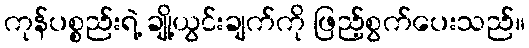
ကုန်ပစ္စည်းရဲ့ ချို့ယွင်းချက်ကို ဖြည့်စွက်ပေးသည်။